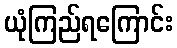
ယုံကြည်ရကြောင်း